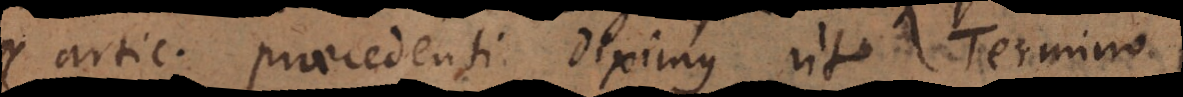
articulo praecedenti diximus, ut Termino